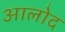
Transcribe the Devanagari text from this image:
आलोद